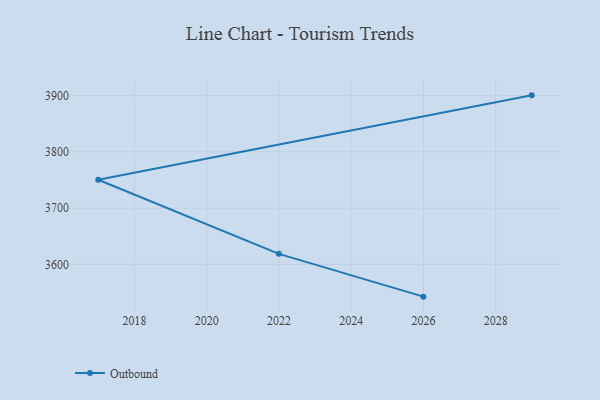
{"axis": {"x": "Year", "y": "Waste Production (Tons)"}, "legend": ["Outbound"], "data": [{"x": "2029", "y": 3900.4, "type": "Outbound"}, {"x": "2017", "y": 3750.4, "type": "Outbound"}, {"x": "2022", "y": 3618.7, "type": "Outbound"}, {"x": "2026", "y": 3542.6, "type": "Outbound"}]}